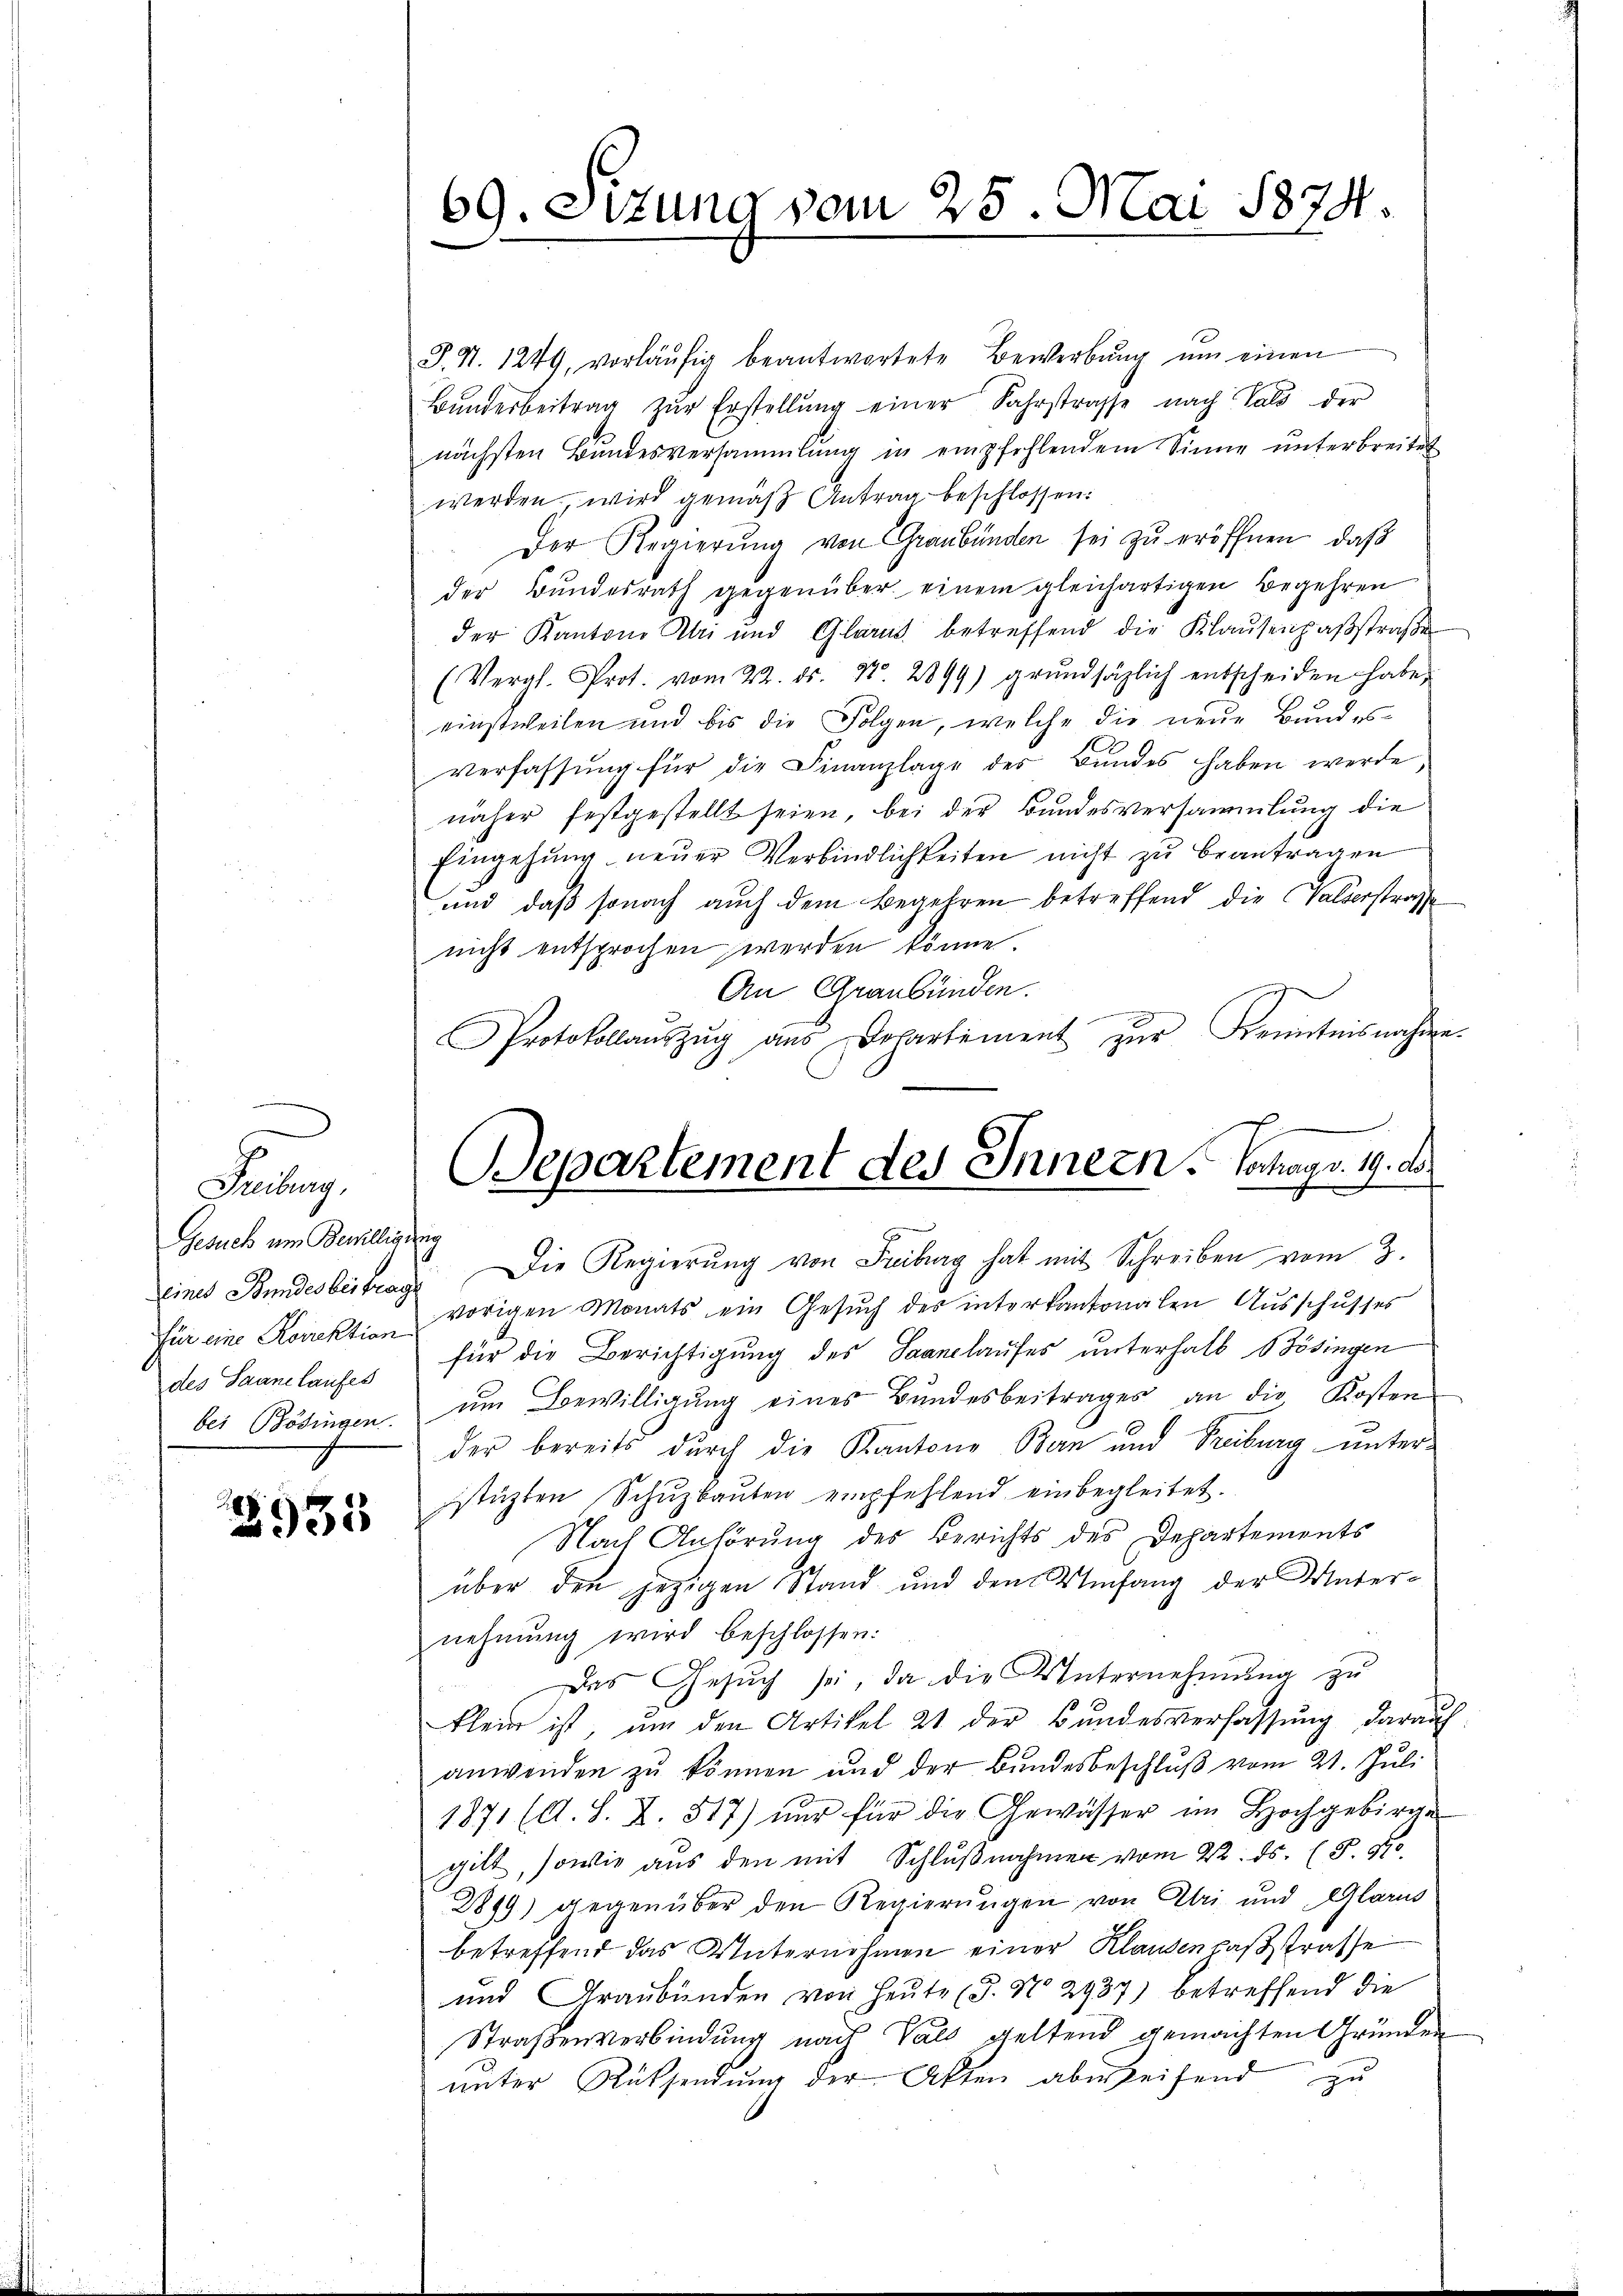
.
Gesuch um Bewilligung
Eines Stundesbeitrage
des Saanelaufes
bei Bödingen.

2935

69. Sitzung vom 25. Mai 1874.

J.S. 1249, vorläŭfig beantwortete Bewerbŭng ŭm einen
Bŭnderbeitrag zŭr Erstellŭng einer Fahrstrasse nach Vald der
nächsten Bundesversammlung in empfehlendem Sinne unterbreitet
werden, wird gemäβ Antrag beschlossen:
Der Regierŭng von Graubünden sei zŭ eröffnen, daβ
der Bundesrath gegenüber einem gleichartigen Begehren
der Kantone Abri und Glarus betreffend die Klausenpasstraße
(Vergl. Prot. vom 22. ds. N. 2899) grŭndsätzlich entscheiden habe,
einstweilen und bis die Folgen, welche die neue Bundes-
verfassung für die Finanzlage des Bundes haben werde,
näher festgestellt seien, bei der Bundesversammlung die
Eingehung neuer Verbindlichkeiten nicht zu beantragen
und daß sonach auch dem Begehren betreffend die Valserstrafe
nicht entsprochen werden könne.
An Graubünden.
Protokollaŭszŭg ans Departement zŭr Kenntnisnahme
Die Regierung von Fribag hat mit Schreiben vom 3.
für eine Korrektion vorigen Monats ein Gesŭch des interkantonalen Aŭsschusses
für die Berichtigung des Saanelaufes unterhalb Bösingen
ŭm Bewilligŭng eines Bundesbeitrages an die Kosten
der bereits durch die Kantone Bern und Freiburg unterstüzten Schŭzbaŭten empfehlend einbegleitet.
Nach Anhörung des Berichts des Departements
über den jezigen Stand und den Umfang der Unter-
nehmung wird beschlossen:
das Gesŭch sei, da die Unternehmung zu
klein ist, um den Artikel 21 der Bundesverfassung darauf
anwenden zu können und der Bundesbeschluß vom 21. Juli
1871 (A. L. Z. 517) nur für die Gewässer im Hochgebirge
gilt, sowie aus den mit Schlŭβnahmen vom 22. ds. (T. 570.
2899) gegenüber den Regierungen von Uri und Glarus
betreffend das Unternehmen einer Klausenpasstrasse
und Graubünden von heŭte (§. No 2937) betreffend die
Straßenverbindung nach Vals geltend gemachten Gründen
unter Rücksendung der Akten aberseifend zu

Departement des Innern. Hochags. 19. de